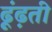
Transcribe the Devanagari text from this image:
ढूंढ़ती